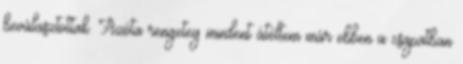
beválasztottak. Azóta rengeteg mindent átéltem már ebben a csapatban